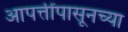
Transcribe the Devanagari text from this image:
आपत्तींपासूनच्या